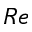
R e